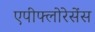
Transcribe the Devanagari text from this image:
एपीफ्लोरेसेंस